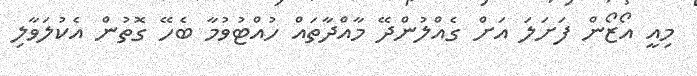
މިއީ އޯޒޯން ފަށަލަ އަށް ގެއްލުންދޭ މާއްދާތައް ހުއްޓުވުމާ ބެހޭ ގޮތުން އެކުލަވާލި